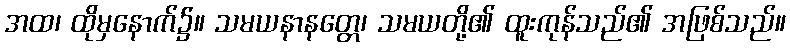
အထ၊ ထိုမှနောက်၌။ သမယနာနတ္တေ၊ သမယတို့၏ ထူးကုန်သည်၏ အဖြစ်သည်။